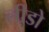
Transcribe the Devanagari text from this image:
लीडो